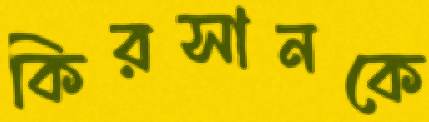
কিরসানকে